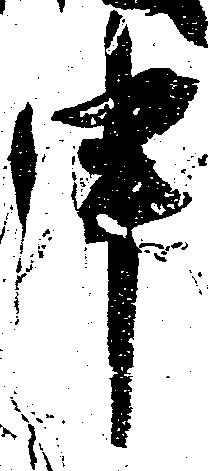
申